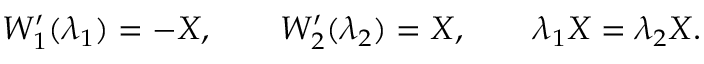
W _ { 1 } ^ { \prime } ( \lambda _ { 1 } ) = - X , \qquad W _ { 2 } ^ { \prime } ( \lambda _ { 2 } ) = X , \qquad \lambda _ { 1 } X = \lambda _ { 2 } X .